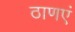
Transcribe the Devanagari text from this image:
ठाणएं